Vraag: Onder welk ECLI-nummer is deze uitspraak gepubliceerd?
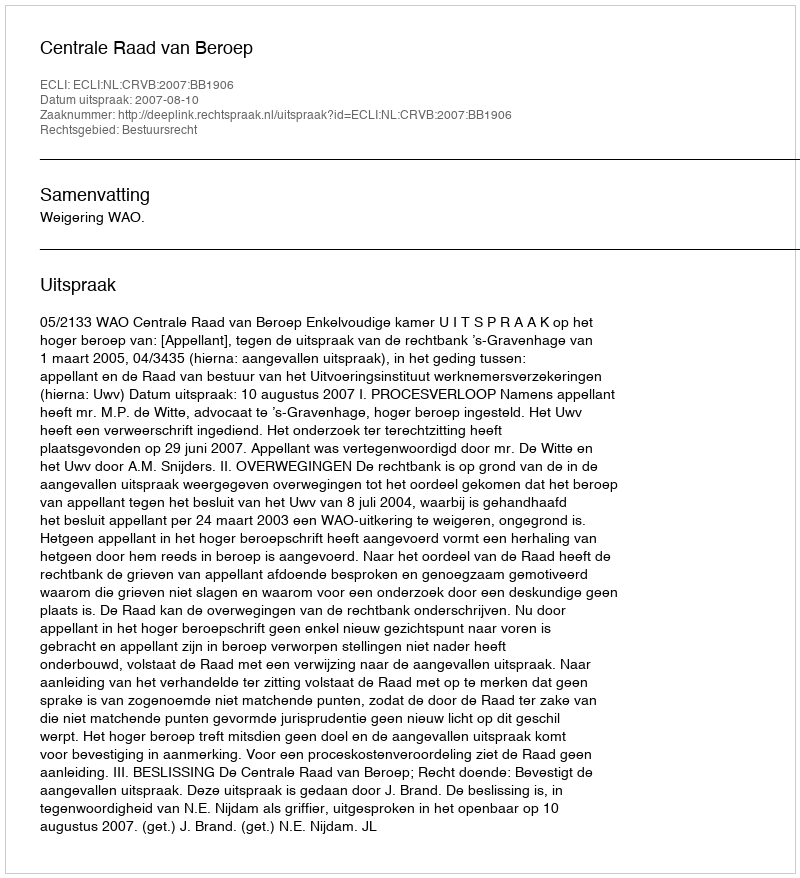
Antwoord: ECLI:NL:CRVB:2007:BB1906